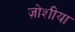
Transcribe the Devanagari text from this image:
ज़ोशीया